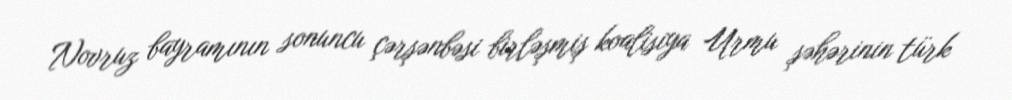
Novruz bayramının sonuncu çərşənbəsi birləşmiş koalisiya Urmu şəhərinin türk